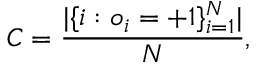
C = \frac { | \{ i : o _ { i } = + 1 \} _ { i = 1 } ^ { N } | } { N } ,